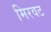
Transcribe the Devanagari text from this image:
मिरवट